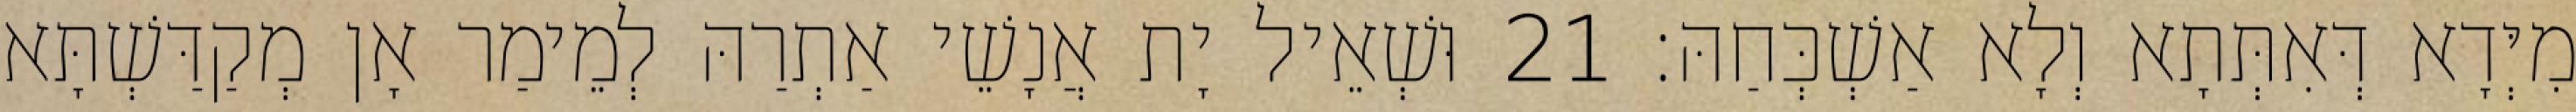
מִיְּדָא דְּאִתְּתָא וְלָא אַשְׁכְּחַהּ׃ 21 וּשְׁאֵיל יָת אֲנָשֵׁי אַתְרַהּ לְמֵימַר אָן מְקַדַּשְׁתָּא